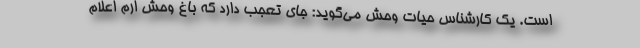
است. یک کارشناس حیات وحش می‌گوید: جای تعجب دارد که باغ وحش ارم اعلام